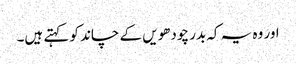
اور وہ یہ کہ بدر چودھویں کے چاند کو کہتے ہیں۔